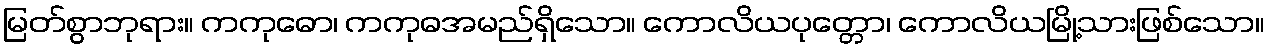
မြတ်စွာဘုရား။ ကကုဓော၊ ကကုဓအမည်ရှိသော။ ကောလိယပုတ္တော၊ ကောလိယမြို့သားဖြစ်သော။